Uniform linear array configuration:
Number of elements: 32
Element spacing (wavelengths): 1
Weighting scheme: hann
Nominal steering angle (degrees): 60
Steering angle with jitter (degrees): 61.575
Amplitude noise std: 0.05
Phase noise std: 0.05

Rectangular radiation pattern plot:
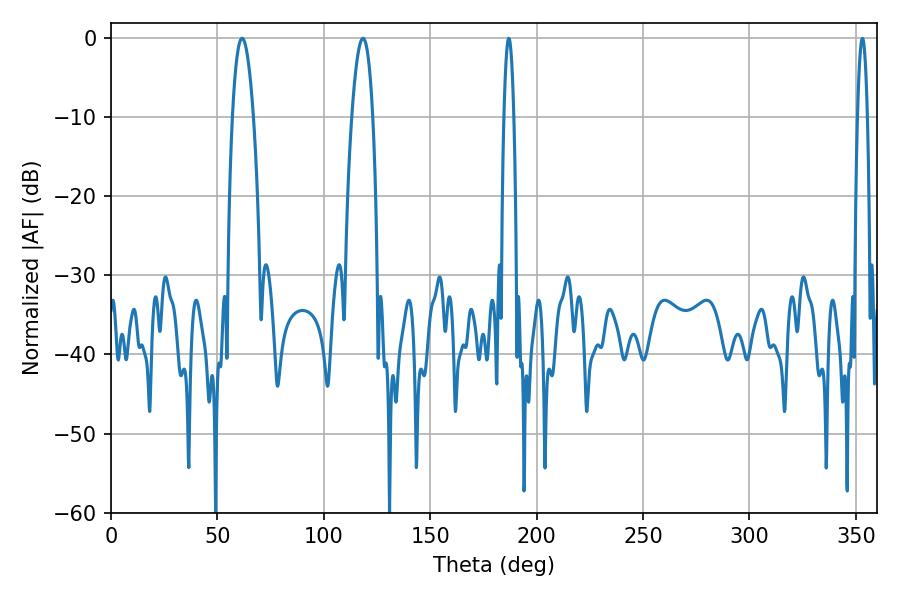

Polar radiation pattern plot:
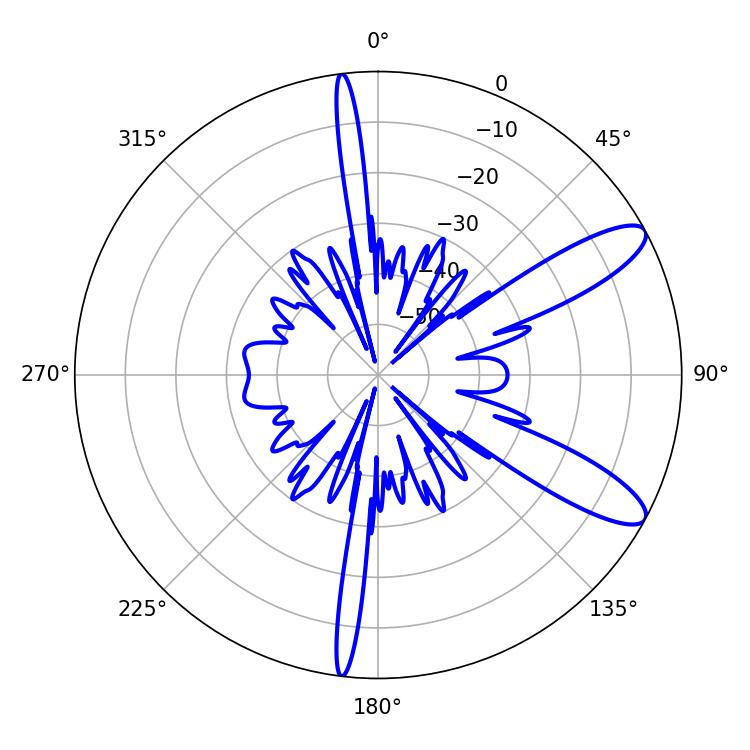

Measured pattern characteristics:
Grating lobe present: TRUE
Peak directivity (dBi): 10.733
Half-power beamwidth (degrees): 5.4
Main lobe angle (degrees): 61.56